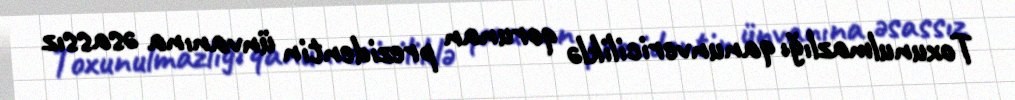
Toxunulmazlığı qanunvericiliklə qorunan prezidentin ünvanına əsassız